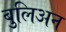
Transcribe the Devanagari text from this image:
बुलिअन